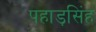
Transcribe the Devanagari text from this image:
पहाड़सिंह